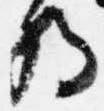
将